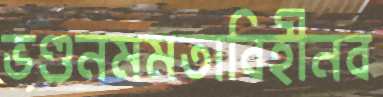
ভণ্ডনমমতাবিহীনব